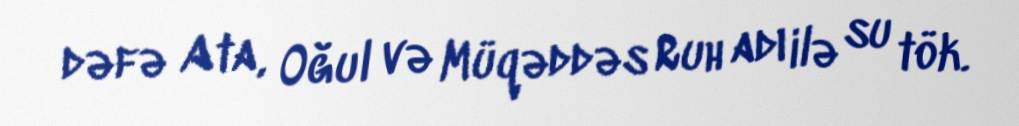
dəfə Ata, Oğul və Müqəddəs Ruh adı ilə su tök.